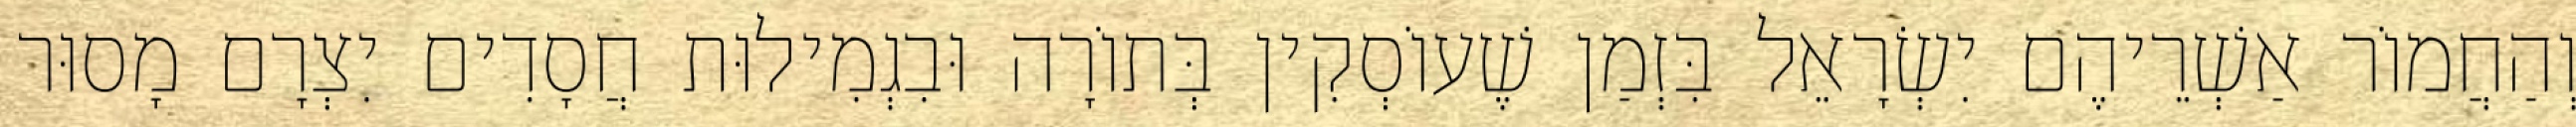
וְהַחֲמוֹר אַשְׁרֵיהֶם יִשְׂרָאֵל בִּזְמַן שֶׁעוֹסְקִין בְּתוֹרָה וּבִגְמִילוּת חֲסָדִים יִצְרָם מָסוּר